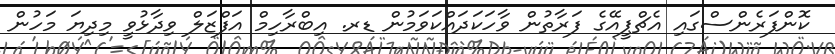
ކޮންފަރެންސްގައި އެޗްޕީއޭގެ ފަރާތުން ވާހަކަދައްކަވަމުން ޑރ. އިބްރާހިމް އަފްޒަލް ވިދާޅުވީ މިދިޔަ މަހުން